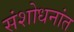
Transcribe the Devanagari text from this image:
संशोधनांत